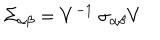
\Sigma _ { \alpha \beta } = V ^ { - 1 } ~ \sigma _ { \alpha \beta } V